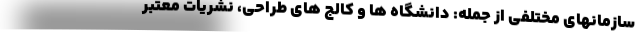
سازمانهای مختلفی از جمله: دانشگاه ها و کالج های طراحی، نشریات معتبر